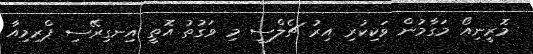
މޮރީނިއޯ މަގާމުން ވަކިކުރި އިރު ޗެލްސީ މި ވަގުތު އޮތީ އިނގިރޭސި ޕްރިމިއާ